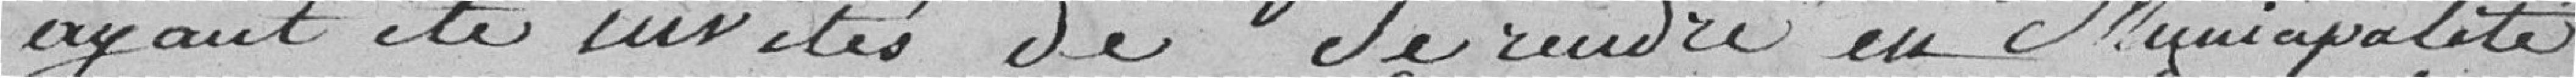
ayant été invités de se rendre en Municipalité